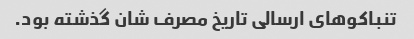
تنباکو‌های ارسالی تاریخ مصرف شان گذشته بود.